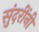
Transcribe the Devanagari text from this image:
सुंदरींनी